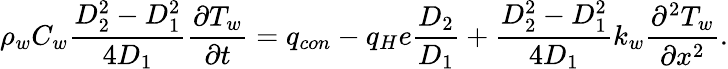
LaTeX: \rho_{w}C_{w}\frac{D_{2}^{2}-D_{1}^{2}}{4D_{1}}\frac{\partial T_{w}}{\partial t}=q_{con}-q_{H}e\frac{D_{2}}{D_{1}}+\frac{D_{2}^{2}-D_{1}^{2}}{4D_{1}}k_{w}\frac{\partial^{2}T_{w}}{\partial x^{2}}.